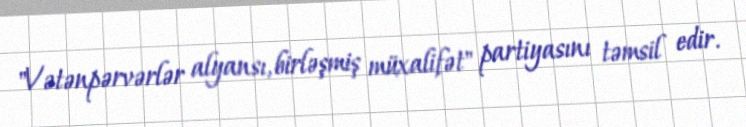
"Vətənpərvərlər alyansı, birləşmiş müxalifət" partiyasını təmsil edir.